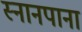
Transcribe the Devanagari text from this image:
स्नानपाना